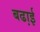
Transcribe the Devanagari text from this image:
बढा़ई